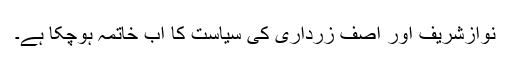
نوازشریف اور آصف زرداری کی سیاست کا اب خاتمہ ہوچکا ہے۔